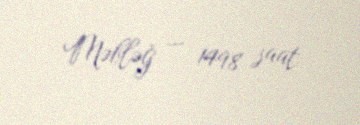
Məbləğ — 1498 saat